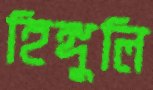
হিঙ্গুলি